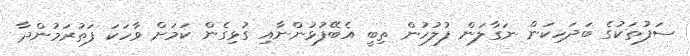
ސަފުތަކުގެ ބަދަހިކަން ނަގާލަން ފުލުހުން ތިބީ އެބޭފުޅުންނާއި ގުޅިގެން ކަމަށް ވާހަކަ ފަތުރަމުންދާ